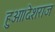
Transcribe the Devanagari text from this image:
हुआ।देशराज